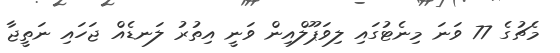
މެޗުގެ 77 ވަނަ މިނެޓުގައި ލިވަޕޫލްއިން ވަނީ އިތުރު ލަނޑެއް ޖަހައި ނަތީޖާ